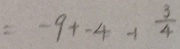
= - 9 + - 4 + \frac { 3 } { 4 }